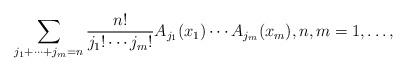
LaTeX: \begin{align*} \sum_{j_1+\cdots +j_m=n}\dfrac{n!}{j_1!\cdots j_m!} A_{j_1}(x_1)\cdots A_{j_m}(x_m),n,m=1,\ldots ,\end{align*}